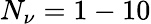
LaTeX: N_{\nu}=1-10